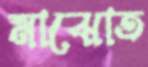
মাঝোত